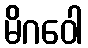
မိဂဝေါ